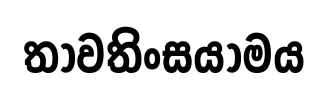
තාවතිංසයාමය